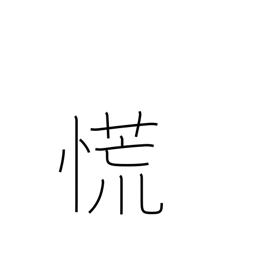
Meaning: lose one's head